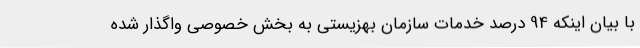
با بیان اینکه 94 درصد خدمات سازمان بهزیستی به بخش خصوصی واگذار شده